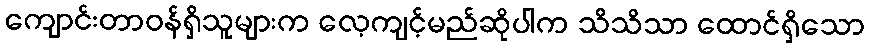
ကျောင်းတာဝန်ရှိသူများက လေ့ကျင့်မည်ဆိုပါက သိသိသာ ထောင်ရှိသော